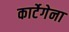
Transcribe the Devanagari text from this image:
कार्टेगेना